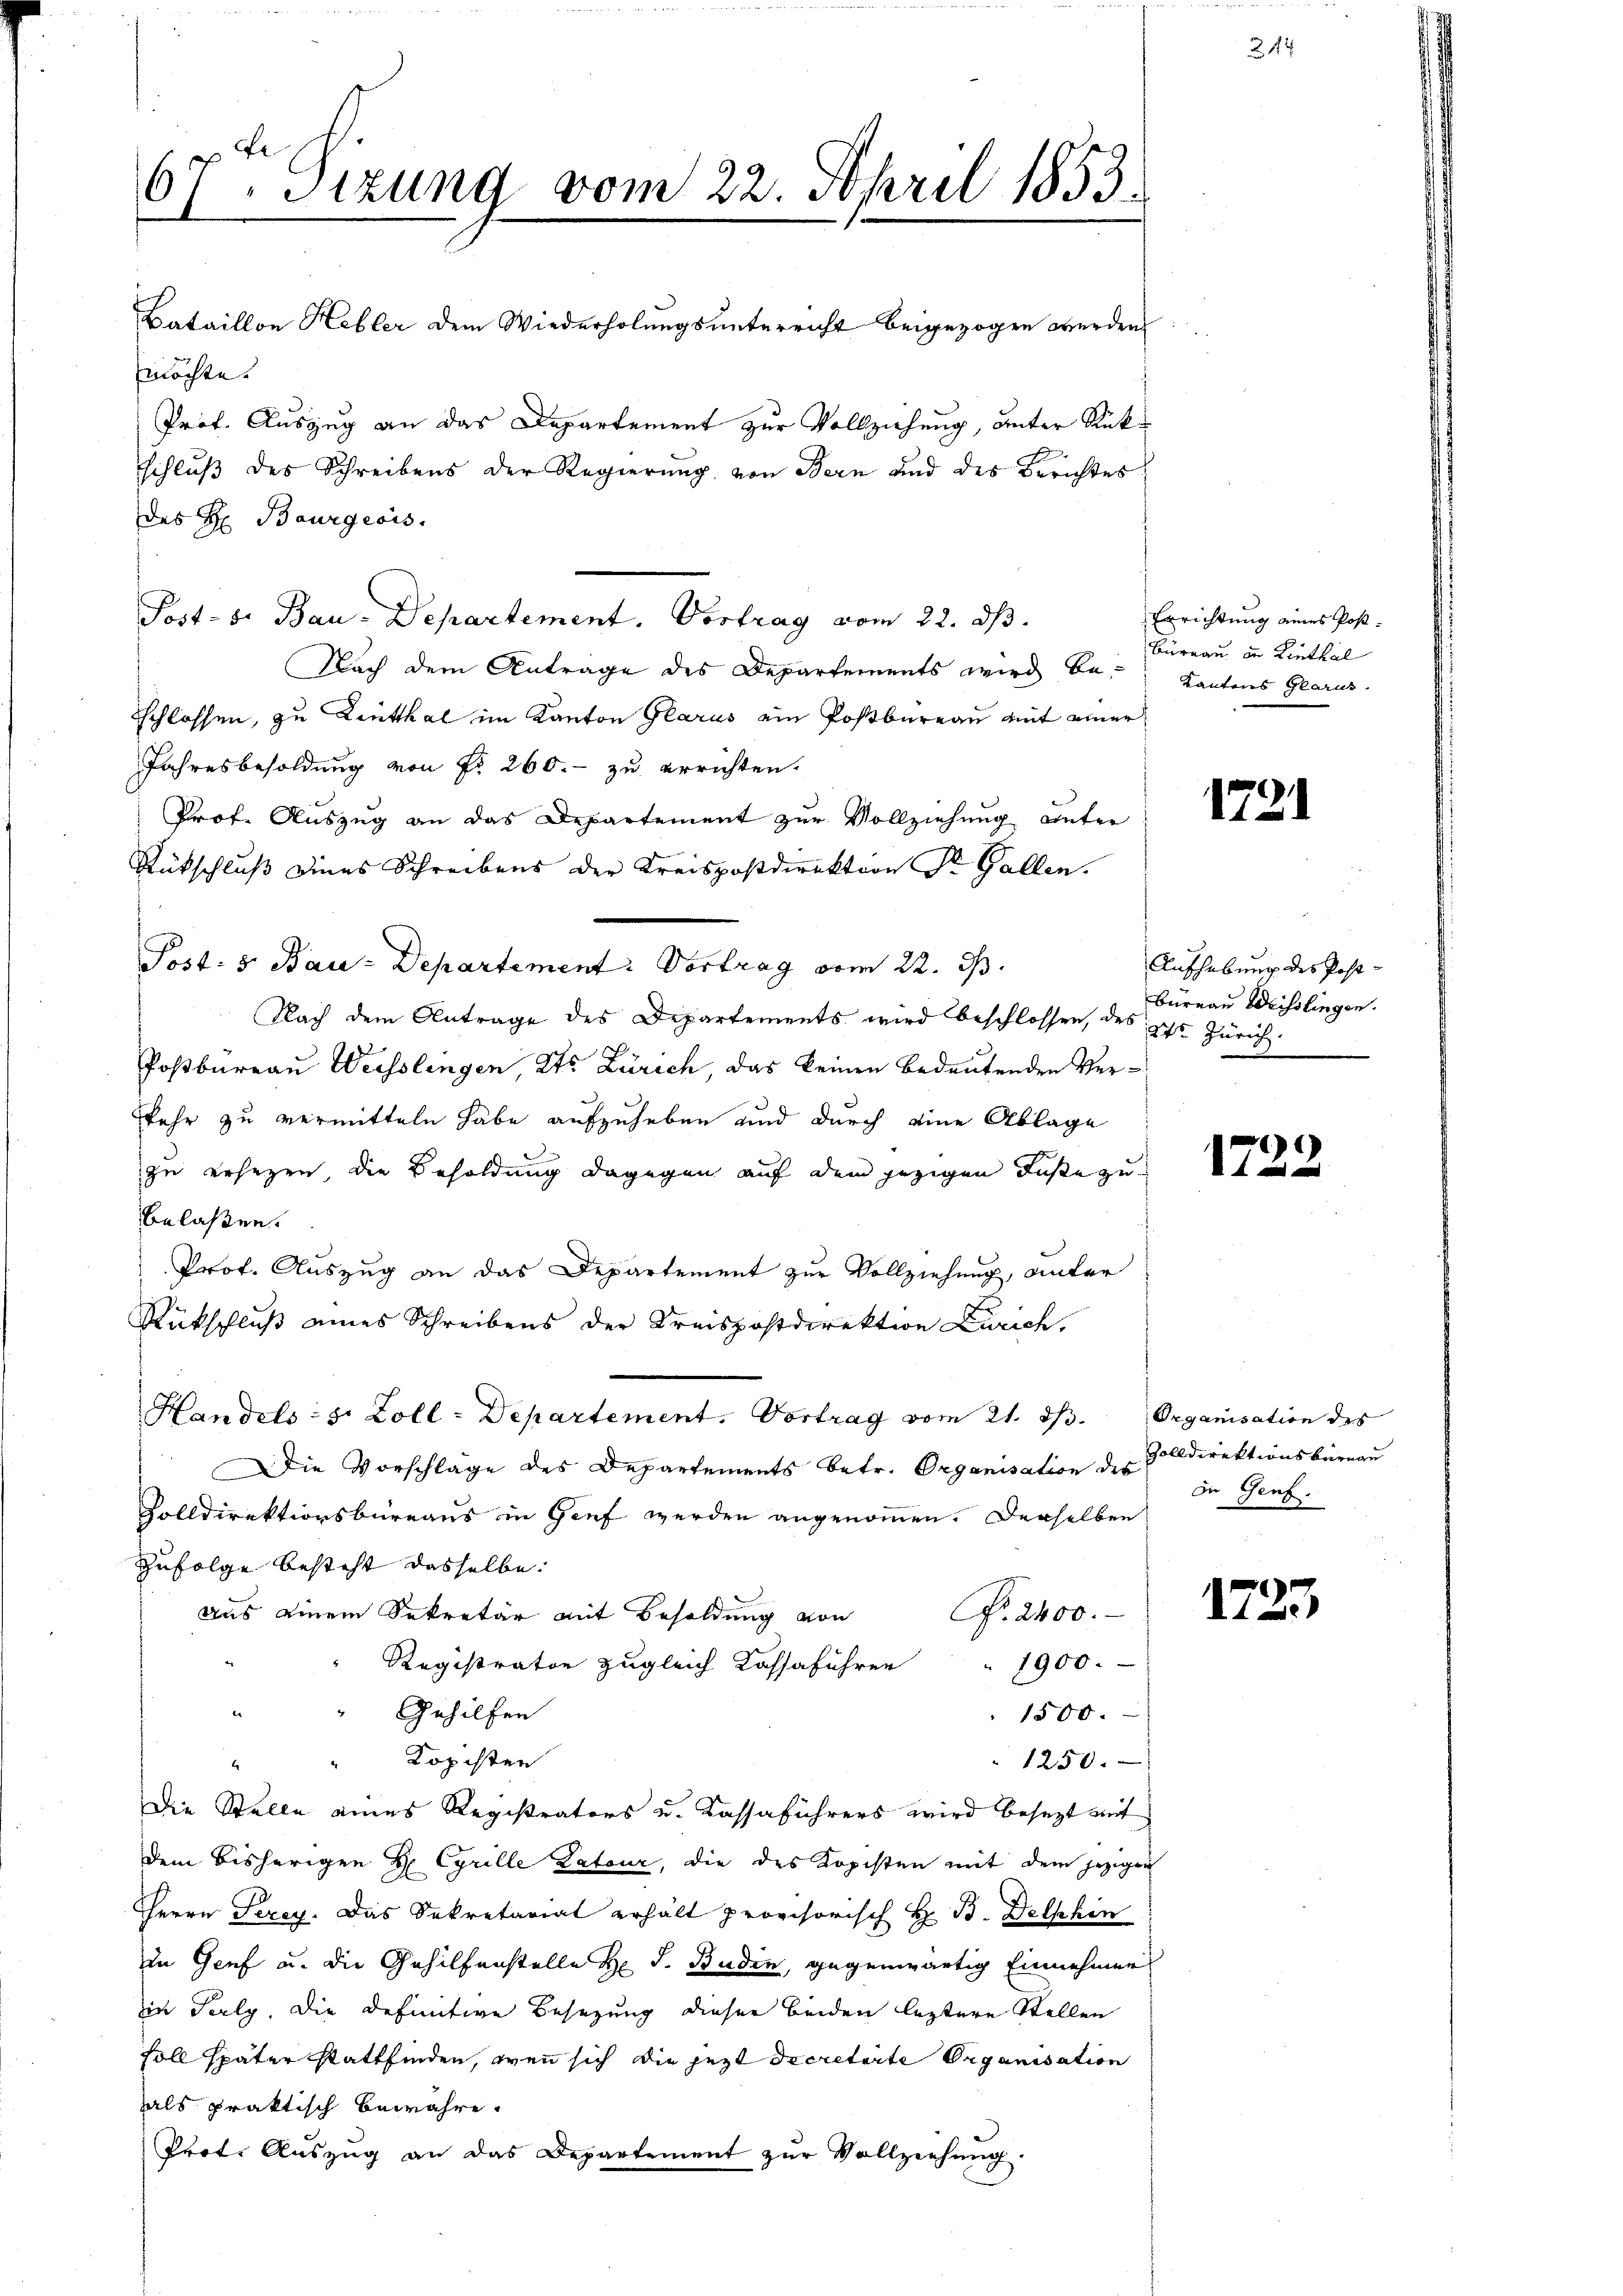
67. Sizung vom 22. April 1853.
Bataillon Hebler dem Wiederholungsunterricht beigezogen werden.
möchte.
Prof. Auszug an das Departement zur Vollziehung, unter Rückschluß des Schreibens der Regierung von Bern und des Berichtes
des H. Baurgeois.

Nach dem Antrage des Departements wird betschlossen, zu Linthal im Kanton Glarus ein Postbüreau mit einer
Jahresbesoldung von No 260. - zu errichten.
Prof. Auszug an das Departement zur Vollziehung unter
Rückschluß eines Schreibens der Kreispostdirektion Dr. Gallen.
Post. v. Bau-Departement: Vortrag vom 22. J.
Nach dem Antrage des Departements wird beschlossen, des geht Zürich
Postbureau Weisslingen Kts Zürich das keinen bedeutenden Verskehr zu vermitteln habe aufzuheben und durch eine Ablage
zu ersezen, die Besoldung dagegen auf dem jezigen Fuße zubelassen.
Prof. Auszug an das Departement zur Vollziehung, unter
Rückschluß eines Schreibens der Kreispostdirektion Zürich,
Handels s. Zoll-Departement. Vortrag vom 21. ds. Organisation des
Die Vorschläge des Departements betr. Organisation des
Volldirektionsbüreaus in Genf werden angenommen. Derselben
Zufolge besteht dasselbe:
aus einem Sekretär mit Besoldŭng von Nr. 2400.
Registrator zugleich Kossaführen
1900.
a
"Gehilfen
1500.
Kopisten
1250.
Die Stelle eines Registrators u. Kassaführers wird besezt mit
dem bisherigen H Cyrille Lateur, die des Kopisten mit dem jezigen
Herrn Serey. Das Sekretariat erhält provisorisch H. B. Delphin
in Genf u. die Gehilfenstelle H. J. Baden, gegenwärtig Einnehmen
in Parlg. Die Definitive Besetzung dieser beiden leztere Stellen
soll später stattfinden, wenn sich die jezt decretarte Organisation
aals praktisch bewahre.
Parte Auszug an das Departement zur Vollziehung

Post. S. Bau-Departement. Vortrag vom 22. ds.

Errichtung eines Post¬
Büreau in Linthal
Kantons Glarus.

1731

Aufhebung des Post¬
Büreau Weisslingen.

)
t

Zolldirektionsbürge
de Genf.

1723